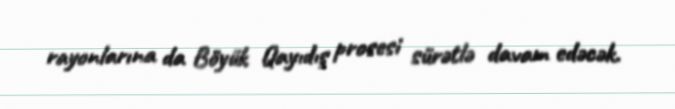
rayonlarına da Böyük Qayıdış prosesi sürətlə davam edəcək.